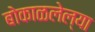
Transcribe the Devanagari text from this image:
बोकाळलेल्या